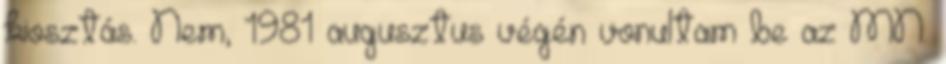
kiosztás. Nem, 1981 augusztus végén vonultam be az MN.